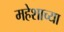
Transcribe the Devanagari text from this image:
महेशाच्या